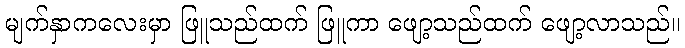
မျက်နှာကလေးမှာ ဖြူသည်ထက် ဖြူကာ ဖျော့သည်ထက် ဖျော့လာသည်။